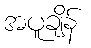
အပူချိန်